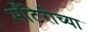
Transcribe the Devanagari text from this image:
माँटेरीच्या